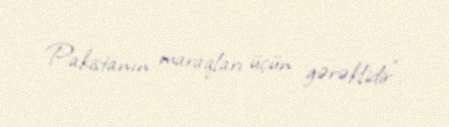
Pakistanın maraqları üçün gərəklidir".